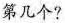
第几个?